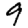
Digit: 9